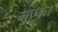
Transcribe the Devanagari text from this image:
मूप्पन